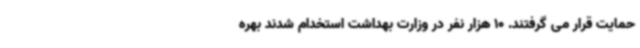
حمایت قرار می گرفتند. 10 هزار نفر در وزارت بهداشت استخدام شدند بهره